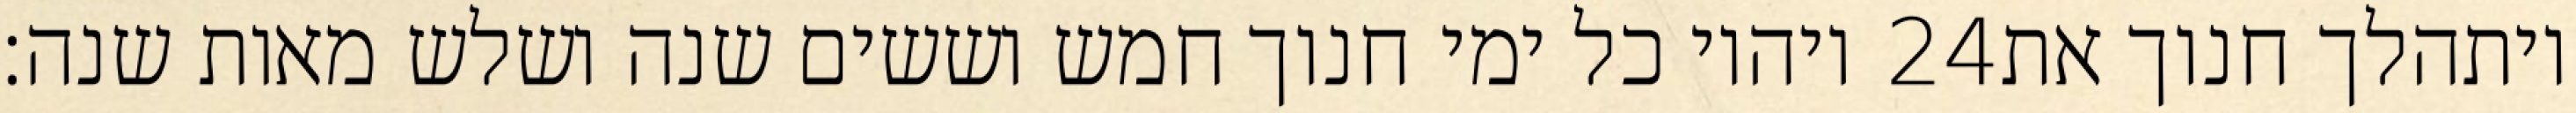
ויהיו כל ימי חנוך חמש וששים שנה ושלש מאות שנה׃ ‎24‏ ויתהלך חנוך את